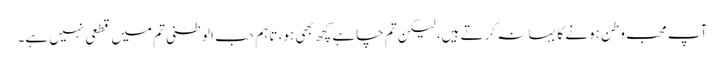
آپ محب وطن ہونے کا بہانہ کرتے ہیں، لیکن تم چاہے کچھ بھی ہو، تاہم حب الوطنی تم میں قطعی نہیں ہے۔